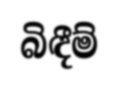
බිඳීම්